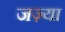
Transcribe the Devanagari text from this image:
जज़्या